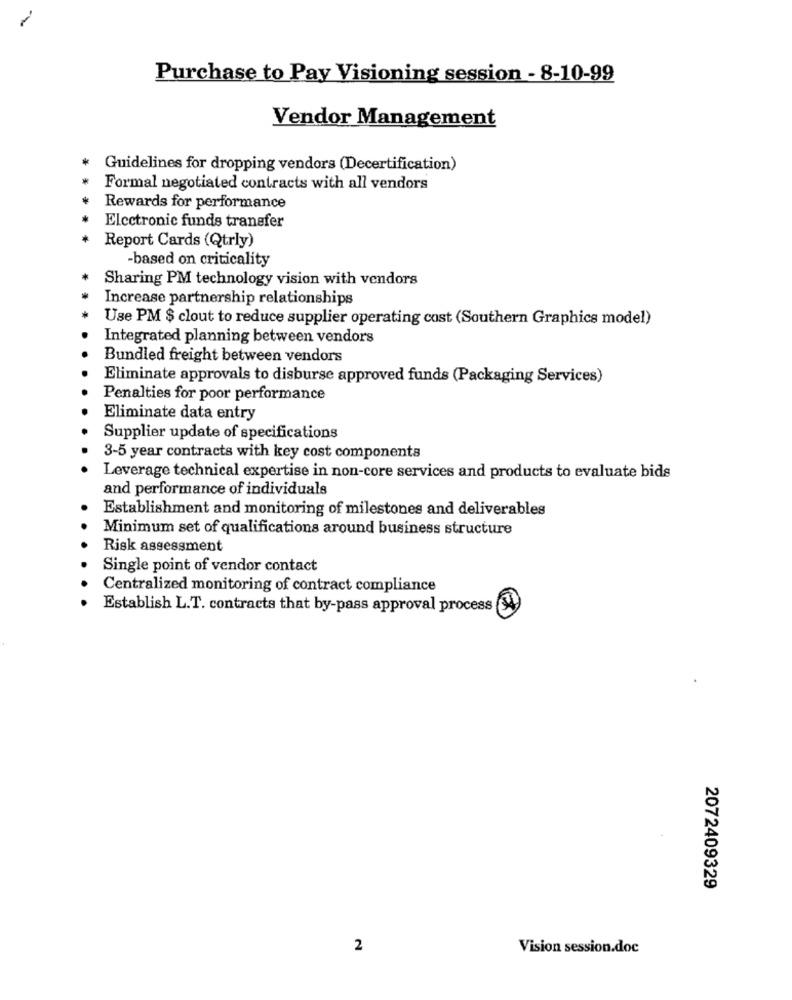
Purchase to Pay Visioning session - 8-10-99
Vendor Management
Guidelines for dropping vendors (Decertification)
Formal negotiated contracts with all vendors
Rewards for performance
Electronic funds transfer
Report Cards (Qtrly)
-based on criticality
Sharing PM technology vision with vendors
Increase partnership relationships
Use PM $ clout to reduce supplier operating cost (Southern Graphics model)
Integrated planning between vendors
Bundled freight between vendors
Eliminate approvals to disburse approved funds (Packaging Services)
Penalties for poor performance
Eliminate data entry
Supplier update of specifications
3-5 year contracts with key cost components
Leverage technical expertise in non-core services and products to evaluate bids
and performance of individuals
Establishment and monitoring of milestones and deliverables
Minimum set of qualifications around business structure
Risk assessment
Single point of vendor contact
Centralized monitoring of contract compliance
Establish L.T. contracts that by-pass approval process
2072409329
2
Vision session.doc